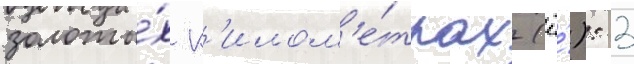
золоты́х к'илом'е́трах (ё́): 3